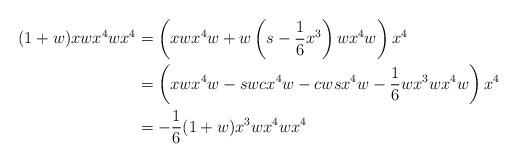
LaTeX: \begin{align*}(1+w)xwx^4w x^4 & = \left(xwx^4w + w\left(s-\frac{1}{6}x^3\right)wx^4w\right) x^4\\& = \left(xwx^4w- swcx^4w- cwsx^4w-\frac{1}{6}wx^3wx^4w\right) x^4\\& = - \frac{1}{6} (1+w)x^3wx^4w x^4\end{align*}